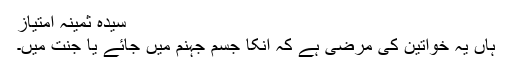
سیّدہ ثمینہ امتیاز
ہاں یہ خواتین کی مرضی ہے کہ انکا جسم جہنم میں جائے یا جنت میں۔